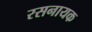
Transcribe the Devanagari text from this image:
रसनायक